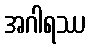
အဂါရဿ